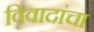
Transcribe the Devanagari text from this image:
विवादांचा